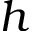
h